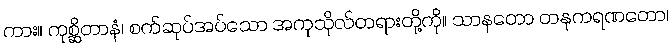
ကား။ ကုစ္ဆိတာနံ၊ စက်ဆုပ်အပ်သော အကုသိုလ်တရားတို့ကို။ သာနတော တနုကရဏတော၊